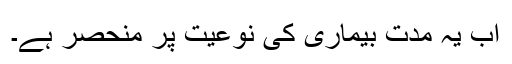
اب یہ مدت بیماری کی نوعیت پر منحصر ہے۔